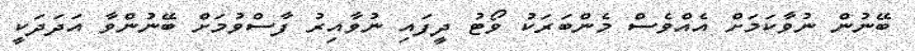
ބޭނުން ނުވާކަމަށް އެއްވެސް މެންބަރަކު ވޯޓު ދީފައި ނުވާއިރު ފާސްވުމަށް ބޭނުންވާ އަދަދަކީ